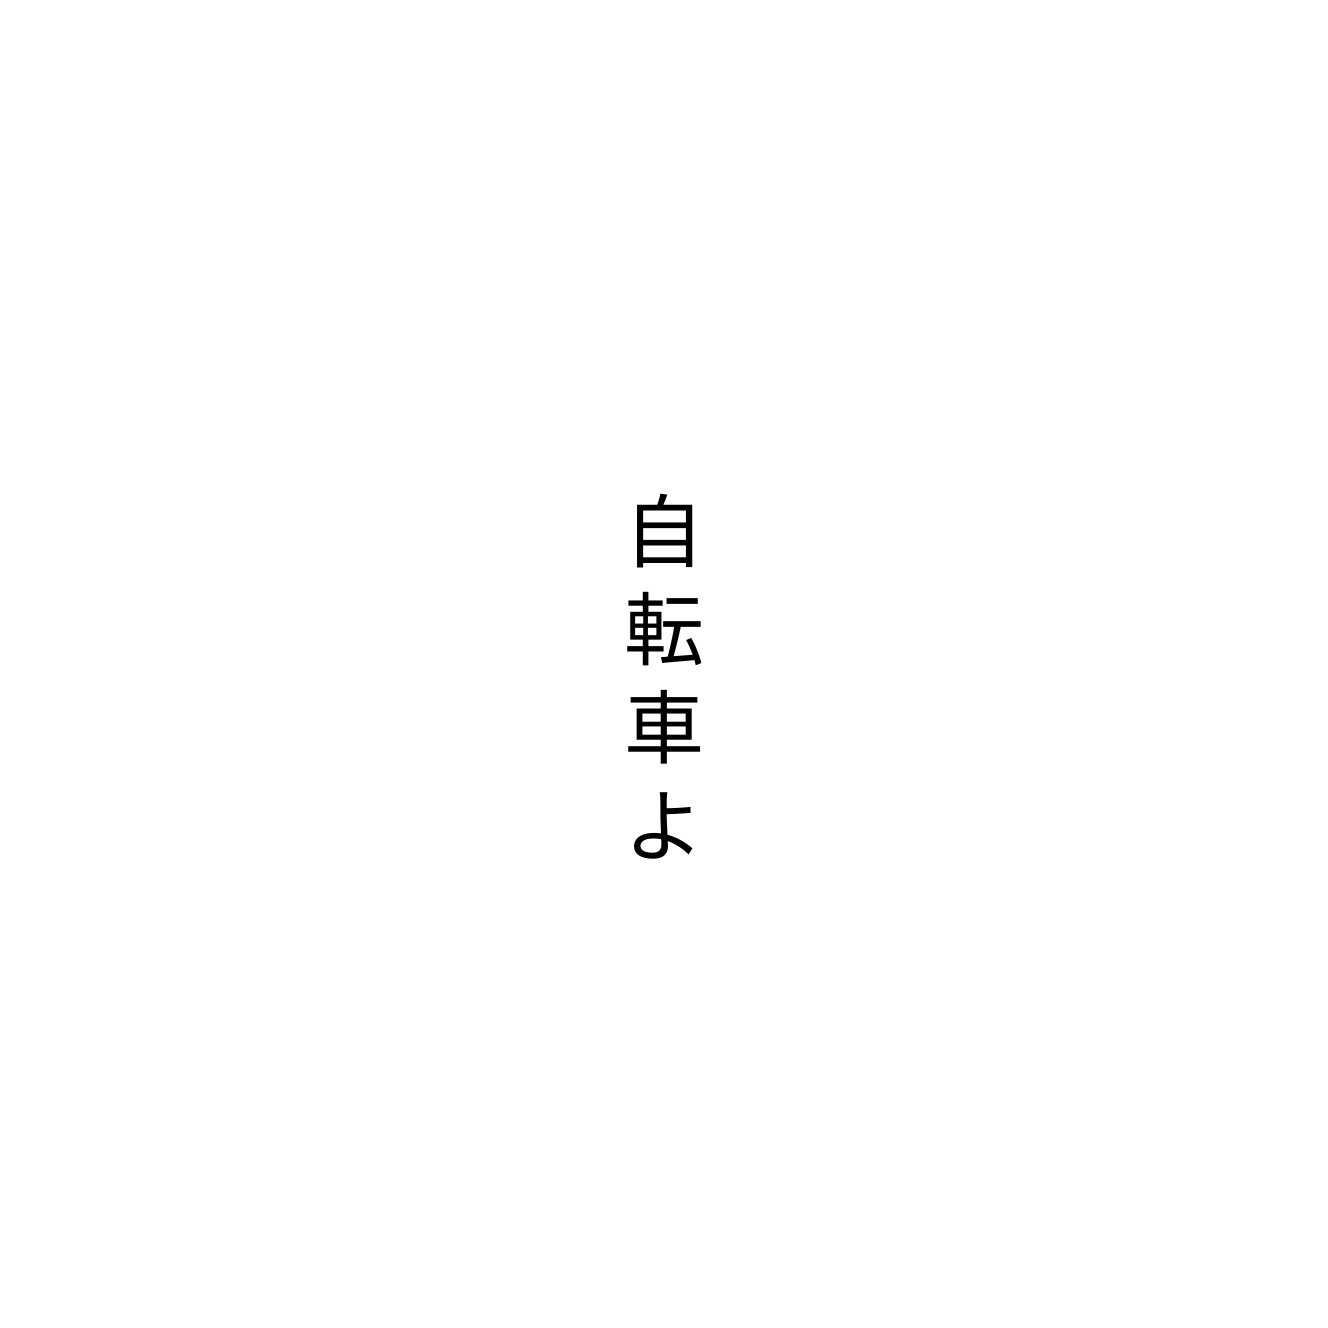
自転車よ